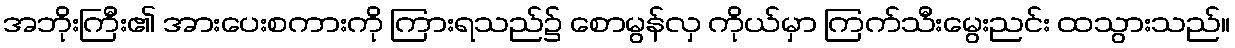
အဘိုးကြီး၏ အားပေးစကားကို ကြားရသည်၌ စောမွန်လှ ကိုယ်မှာ ကြက်သီးမွေးညင်း ထသွားသည်။